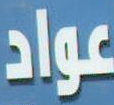
عواد